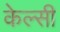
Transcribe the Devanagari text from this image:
केल्सी